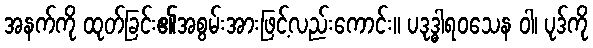
အနက်ကို ထုတ်ခြင်း၏အစွမ်းအားဖြင့်လည်းကောင်း။ ပဒုဒ္ဓါရဝသေန ဝါ၊ ပုဒ်ကို